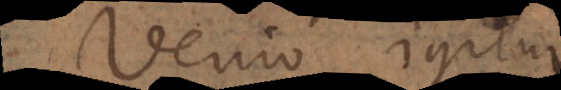
Venio igitur